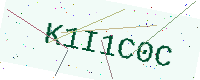
Text: K1I1C0C